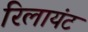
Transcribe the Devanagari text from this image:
रिलायंट